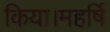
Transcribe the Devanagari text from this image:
किया।महर्षि